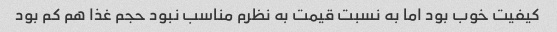
کیفیت خوب بود اما به نسبت قیمت به نظرم مناسب نبود حجم غذا هم کم بود